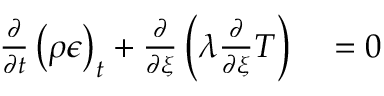
\begin{array} { r l } { \frac { \partial } { \partial t } \left( \rho \epsilon \right) _ { t } + \frac { \partial } { \partial \xi } \left( \lambda \frac { \partial } { \partial \xi } T \right) } & { { } = 0 } \end{array}